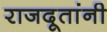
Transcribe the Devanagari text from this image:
राजदूतांनी